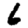
Digit: 6